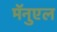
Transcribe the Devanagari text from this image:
मॅनुएल